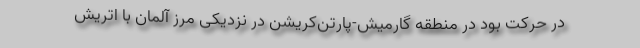
در حرکت بود در منطقه گارمیش‌-پارتن‌کریشن در نزدیکی مرز آلمان با اتریش